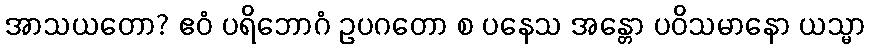
အာသယတော? ဧဝံ ပရိဘောဂံ ဥပဂတော စ ပနေသ အန္တော ပဝိသမာနော ယသ္မာ